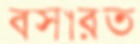
বসারত